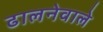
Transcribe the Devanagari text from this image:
ढालनेवाले